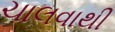
ચાલવાથી